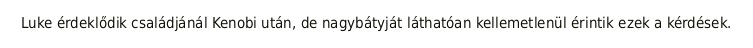
Luke érdeklődik családjánál Kenobi után, de nagybátyját láthatóan kellemetlenül érintik ezek a kérdések.